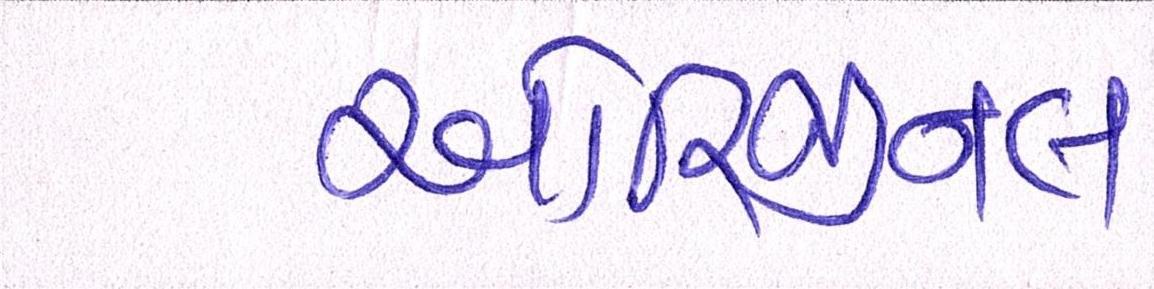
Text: ઓરિજીનલ